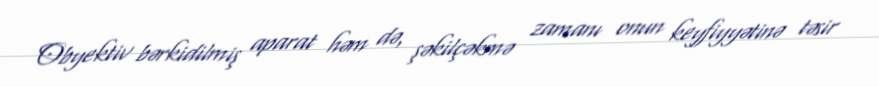
Obyektiv bərkidilmiş aparat həm də, şəkilçəkmə zamanı onun keyfiyyətinə təsir